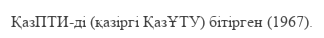
ҚазПТИ-ді (қазіргі ҚазҰТУ) бітірген (1967).